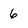
Character: 6